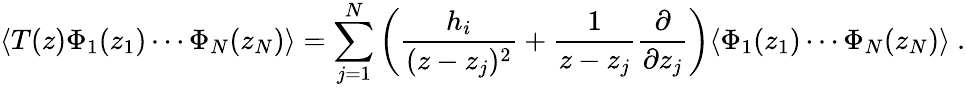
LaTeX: \langle T(z)\Phi_{1}(z_{1})\cdots\Phi_{N}(z_{N})\rangle=\sum_{j=1}^{N}\left(\frac{h_{i}}{(z-z_{j})^{2}}+\frac{1}{z-z_{j}}\frac{\partial}{\partial z_{j}}\right)\langle\Phi_{1}(z_{1})\cdots\Phi_{N}(z_{N})\rangle~.